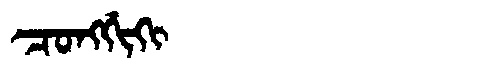
Manchu: ᠴᠣᠩᡤᡳᡴᡳ
Romanization: CONGGIKI